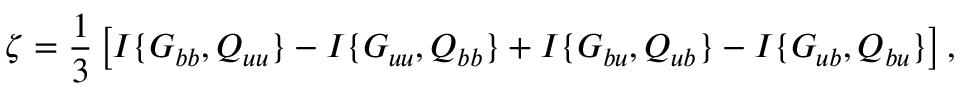
\zeta = \frac { 1 } { 3 } \left[ { I \{ { G _ { b b } , Q _ { u u } } \} - I \{ { G _ { u u } , Q _ { b b } } \} + I \{ { G _ { b u } , Q _ { u b } } \} - I \{ { G _ { u b } , Q _ { b u } } \} } \right] ,